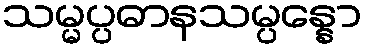
သမ္မပ္ပဓာနသမ္ပန္နော